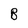
Character: B